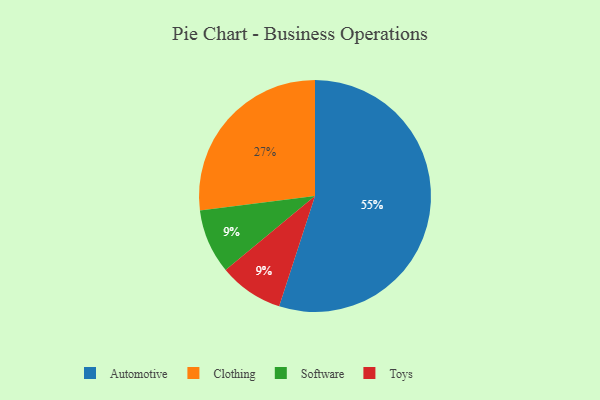
{"axis": {"x": "Category", "y": "Percentage"}, "legend": ["Automotive", "Clothing", "Software", "Toys"], "data": [{"x": "Clothing", "y": 27, "type": "Clothing"}, {"x": "Automotive", "y": 55, "type": "Automotive"}, {"x": "Software", "y": 9, "type": "Software"}, {"x": "Toys", "y": 9, "type": "Toys"}]}